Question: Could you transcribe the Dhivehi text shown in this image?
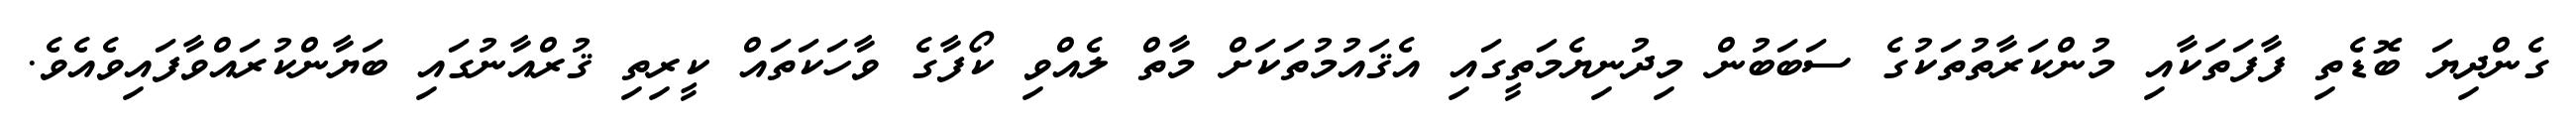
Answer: ގެންދިޔަ ބޮޑެތި ފާފަތަކާއި މުންކަރާތުތަކުގެ ސަބަބުން މިދުނިޔެމަތީގައި އެޤައުމުތަކަށް މާތް ލެއްވި ކޯފާގެ ވާހަކަތައް ކީރިތި ޤުރްއާނުގައި ބަޔާންކުރައްވާފައިވެއެވެ.